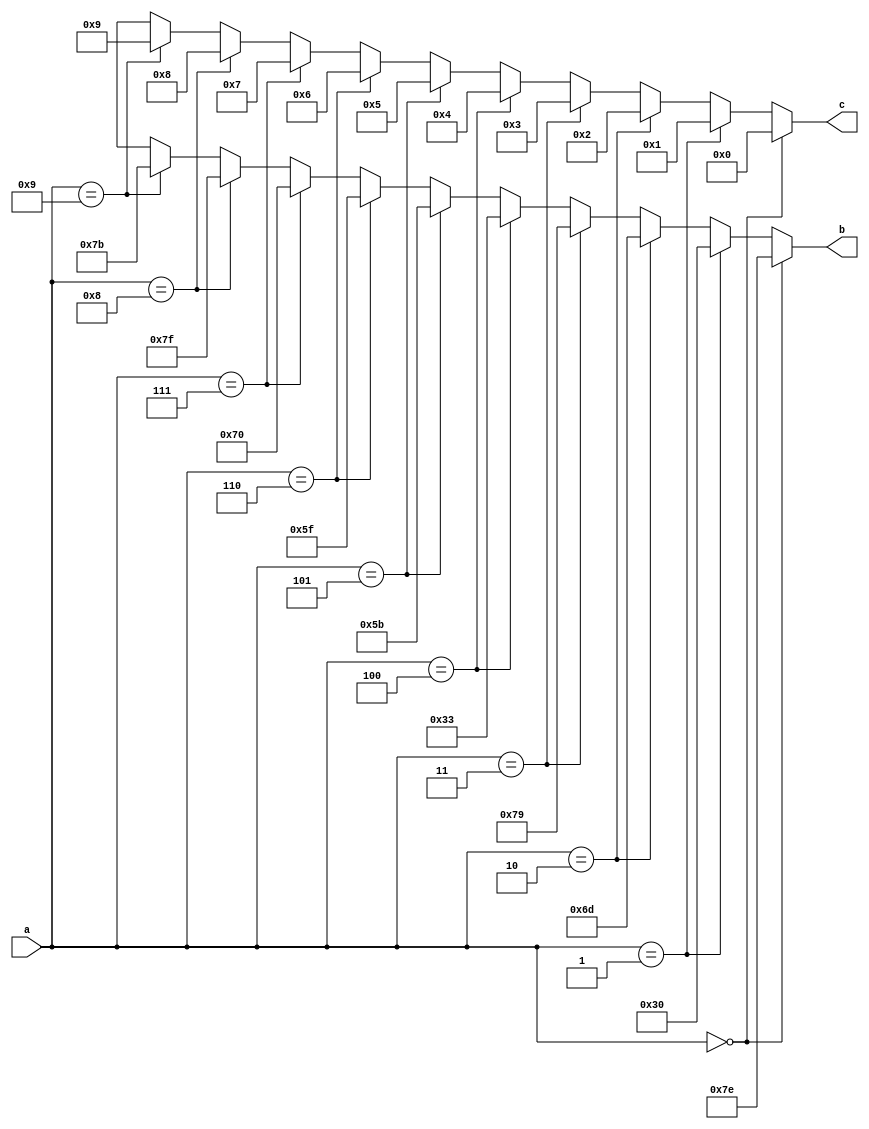
module bcd(a,b,c);
	input [3:0]a;
	wire [3:0]a;
	output [6:0]b;
	reg [6:0]b;
	output [6:0]c;
	reg [6:0]c;
	always @(a)
	begin
		if(a==0)begin
			b = 7'b1111110;   
			c = 7'b0000000;         
		end
		else if(a==1)begin
			b = 7'b0110000;
			c = 7'b0000001;
		end
		else if(a==2)begin
			b = 7'b1101101;
			c = 7'b0000010;
		end
		else if(a==3)begin
			b = 7'b1111001;
			c = 7'b0000011;
		end
		else if(a==4)begin
			b = 7'b0110011;
			c = 7'b0000100;
		end
		else if(a==5)begin
			b = 7'b1011011;
			c = 7'b0000101;
		end
		else if(a==6)begin
			b = 7'b1011111;
			c = 7'b0000110;
		end
		else if(a==7)begin
			b = 7'b1110000;
			c = 7'b0000111;
		end
		else if(a==8)begin
			b = 7'b1111111;
			c = 7'b0001000;
		end
		else if(a==9)begin
			b = 7'b1111011;
			c = 7'b0001001;
		end
		else begin
			b = 7'bxxxxxxx;
			c = 7'bxxxxxxx;
		end
	end
endmodule